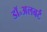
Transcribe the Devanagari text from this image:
डॉ॰अलबर्ट